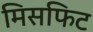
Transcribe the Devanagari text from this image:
मिसफिट